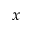
x